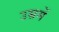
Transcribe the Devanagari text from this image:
उम्रमें